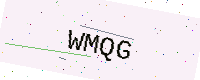
Text: WMQG